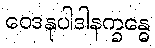
ဝေဒနုပါဒါနက္ခန္ဓေ